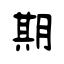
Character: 期